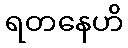
ရတနေဟိ